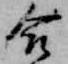
合